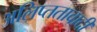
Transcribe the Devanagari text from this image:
अलिप्‍ततावादी